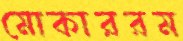
মোকাররম